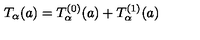
T _ { \alpha } ( a ) = T _ { \alpha } ^ { ( 0 ) } ( a ) + T _ { \alpha } ^ { ( 1 ) } ( a )